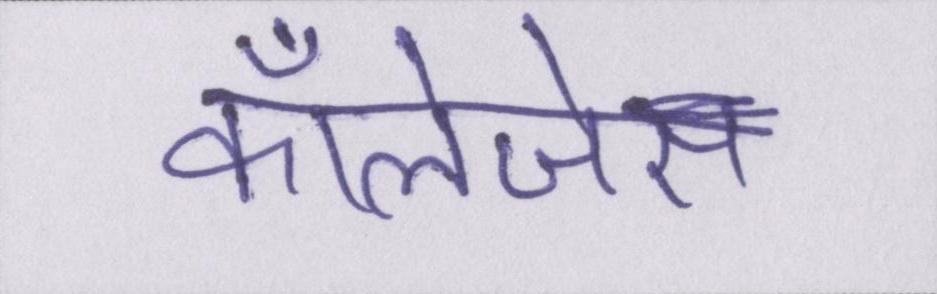
कॉलेजेस